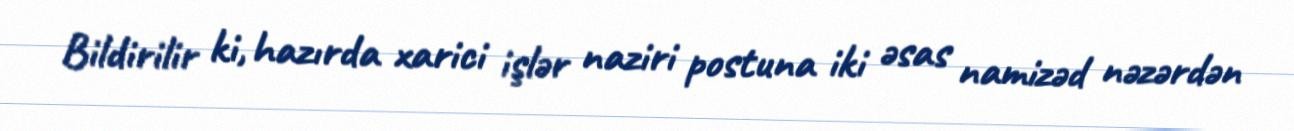
Bildirilir ki, hazırda xarici işlər naziri postuna iki əsas namizəd nəzərdən